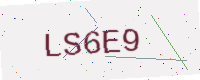
Text: LS6E9